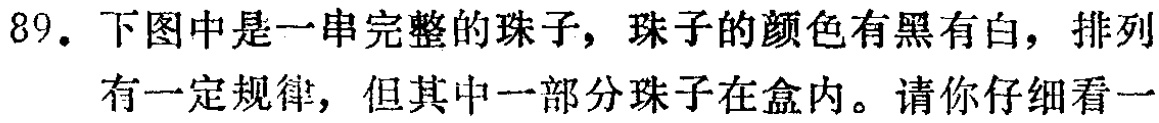
89. 下图中是一串完整的珠子，珠子的颜色有黑有白，排列

有一定规律，但其中一部分珠子在盒内。请你仔细看一